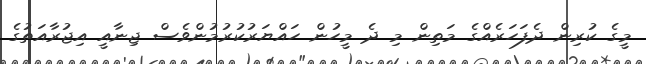
މީގެ ކުރިން ދެފަހަރެއްގެ މަތިން މި ދެ މީހުން ހައްޔަރުކުރުމުންވެސް ޖިނާއީ އިޖުރާއަތުގެ